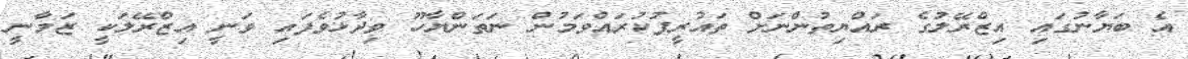
އެ ބަޔާނުގައި އިޒްރޭލުގެ ރައްޔިތުންނަށް ތައުރީފުކުރައްވަމުން ނަތަންޔާހޫ ވިދާޅުވެފައި ވަނީ އިޒްރޭލަކީ ޒަމާނީ